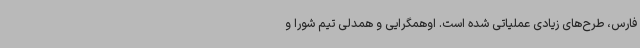
فارس، طرح‌های زیادی عملیاتی شده است. اوهمگرایی و همدلی تیم شورا و